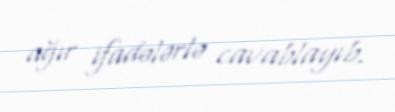
ağır ifadələrlə cavablayıb.